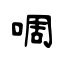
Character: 啁